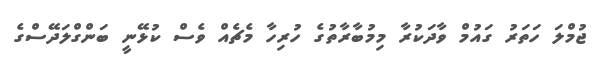
ޖުމްލަ ހަތަރު ގައުމް ވާދަކުރާ މިމުބާރާތުގެ ހުރިހާ މެޗެއް ވެސް ކުޅޭނީ ބަންގްލަދޭސްގެ